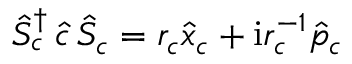
\hat { S } _ { c } ^ { \dagger } \, \hat { c } \, \hat { S } _ { c } = r _ { c } \hat { x } _ { c } + \mathrm { i } r _ { c } ^ { - 1 } \hat { p } _ { c }